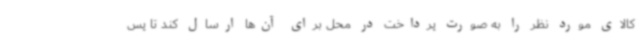
کالای مورد نظر را به صورت پرداخت در محل برای آن‌ها ارسال کند تا پس